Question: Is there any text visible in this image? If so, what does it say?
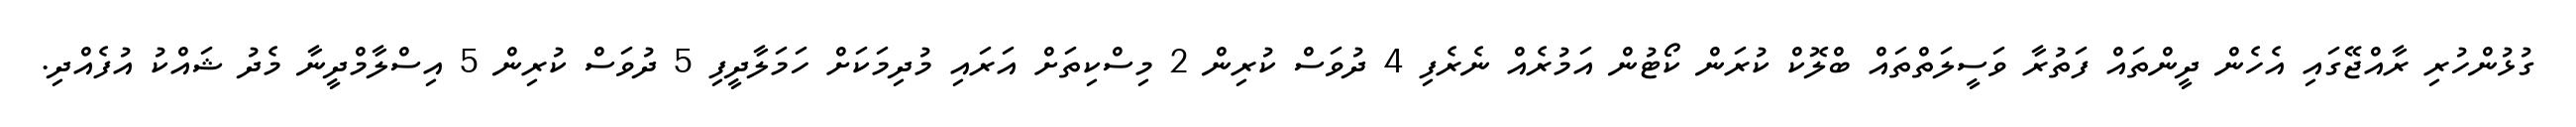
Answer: ގުޅުންހުރި ރާއްޖޭގައި އެހެން ދީންތައް ފަތުރާ ވަސީލަތްތައް ބްލޮކް ކުރަން ކޯޓުން އަމުރެއް ނެރެފި 4 ދުވަސް ކުރިން 2 މިސްކިތަށް އަރައި މުދިމަކަށް ހަމަލާދީފި 5 ދުވަސް ކުރިން 5 އިސްލާމްދީނާ މެދު ޝައްކު އުފެއްދި.